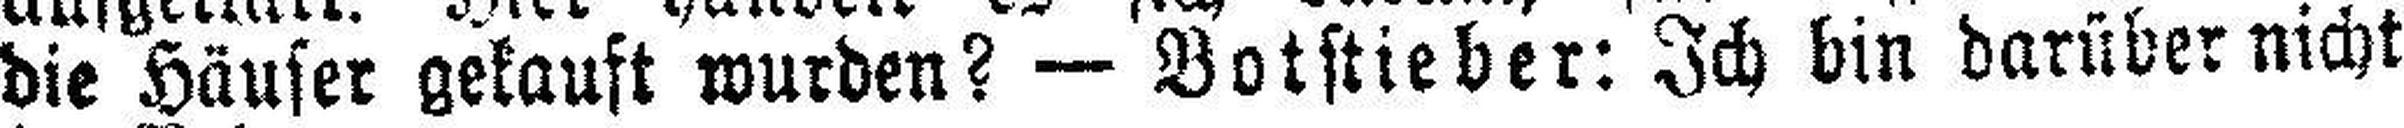
die Häuser gekauft wurden? — Botstieber: Ich bin darüber nicht